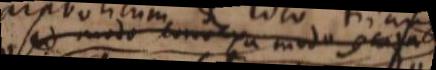
sed modo convexa modo concava